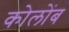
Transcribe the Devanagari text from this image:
कोलोंब